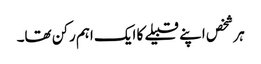
ہر شخص اپنے قبیلے کا ایک اہم رکن تھا۔